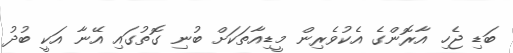
ބަޑި ޖެހި އާރޮންގެ އެކުވެރިން މީޑިއާތަކަށް ބުނި ގޮތުގައި އޭނާ އަކީ ބުދު